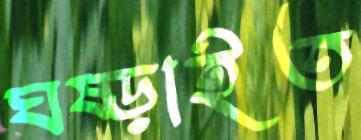
ঘষ্‌ড়াইত